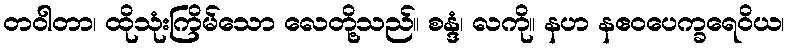
တဝါတာ၊ ထိုသုံးကြိမ်သော လေတို့သည်။ စန္ဒံ၊ လကို။ နဟ နဧဝပေက္ခရေဝိယ၊